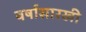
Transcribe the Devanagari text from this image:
वर्षासारखी